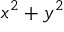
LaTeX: x ^ { 2 } + y ^ { 2 }